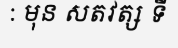
: មុន សតវត្ស ទី